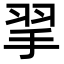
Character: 𢬙